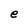
Character: e